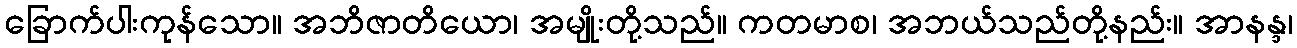
ခြောက်ပါးကုန်သော။ အဘိဇာတိယော၊ အမျိုးတို့သည်။ ကတမာစ၊ အဘယ်သည်တို့နည်း။ အာနန္ဒ၊